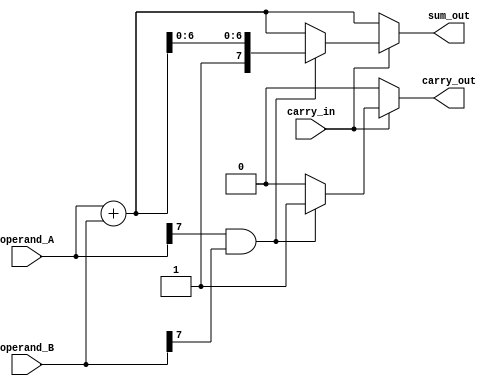
module carry_select_adder_ALU (
    input wire [7:0] operand_A,
    input wire [7:0] operand_B,
    input wire carry_in,
    output reg [7:0] sum_out,
    output reg carry_out
);

reg [7:0] sum_carry_propagate;
reg [7:0] sum_carry_select;

// Carry-propagate stage
wire [7:0] carry_propagate;
genvar i;
generate
    for (i = 0; i < 8; i = i + 1) begin
        assign carry_propagate[i] = operand_A[i] & operand_B[i];
    end
endgenerate

// Carry-select stage
always @* begin
    if (carry_in == 0) begin
        sum_out = operand_A + operand_B;
        carry_out = 0;
    end else begin
        sum_carry_propagate = operand_A + operand_B;
        
        if (carry_propagate[7] == 1) begin
            sum_carry_select = {1'b1, sum_carry_propagate[6:0]};
            carry_out = 1;
        end else begin
            sum_carry_select = sum_carry_propagate;
            carry_out = 0;
        end
        
        sum_out = sum_carry_select;
    end
end

endmodule